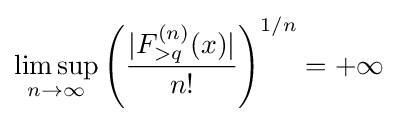
\limsup _{n\to \infty }\left({\frac {|F_{>q}^{(n)}(x)|}{n!}}\right)^{1/n}=+\infty